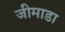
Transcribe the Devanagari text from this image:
जीमाडा